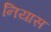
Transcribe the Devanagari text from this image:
नियास